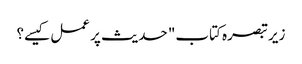
زیر تبصرہ کتاب" حدیث پر عمل کیسے؟